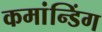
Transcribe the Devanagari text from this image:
कमांन्डिंग